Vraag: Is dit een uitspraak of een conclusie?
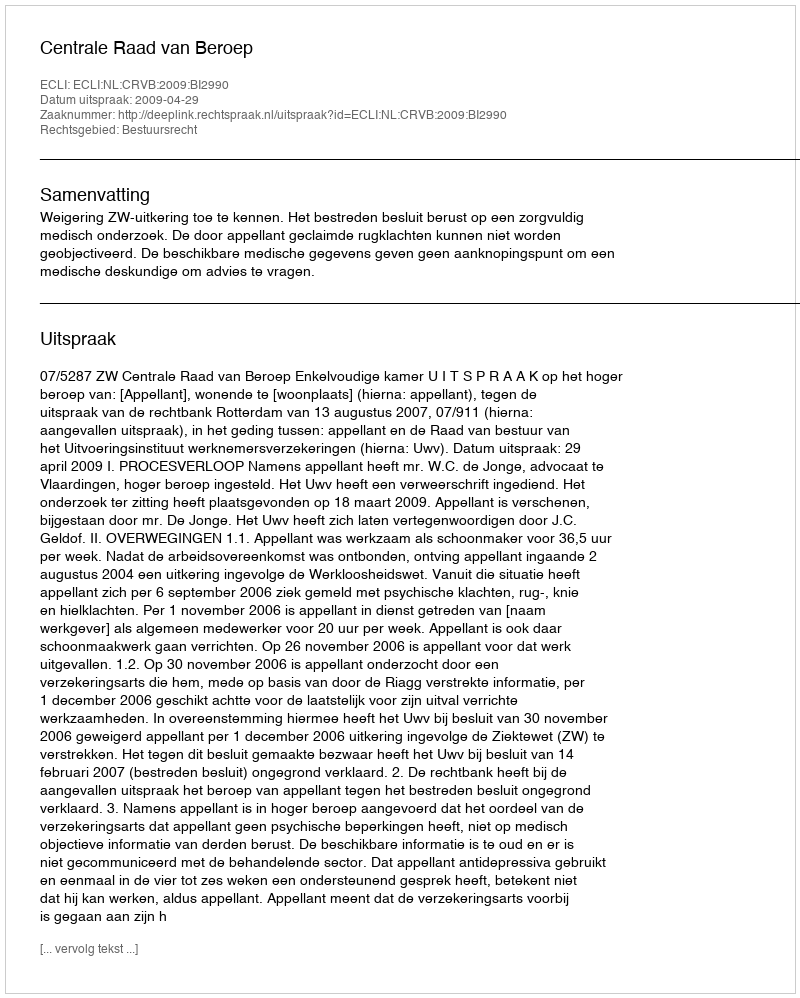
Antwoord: Uitspraak